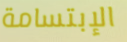
الإبتسامة